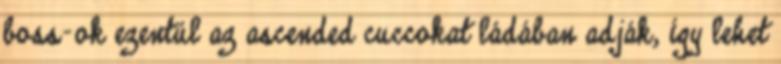
boss-ok ezentúl az ascended cuccokat ládában adják, így lehet